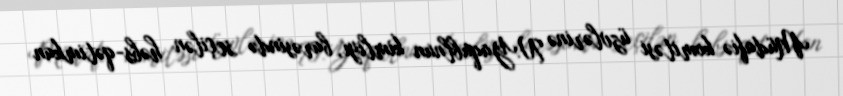
Müdafiə komitəsi üzvlərinə N.Yaqublnun kimliyi, barəsində seçilən həbs-qətimkan